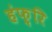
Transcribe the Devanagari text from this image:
हंफ़्रि